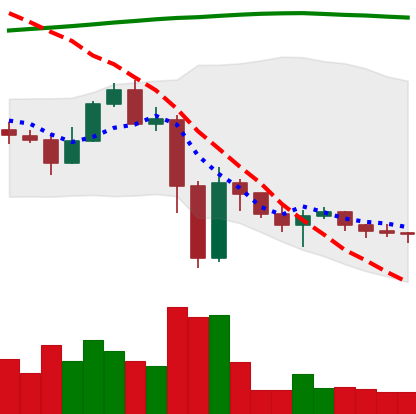
Ticker: ETC-USD
Chart end date: 2022-11-19
Forward return: 3.585%
Label: up_3_5